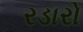
રડારો